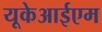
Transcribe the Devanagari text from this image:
यूकेआईएम